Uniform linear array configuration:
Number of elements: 24
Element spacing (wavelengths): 1
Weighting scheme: kaiser
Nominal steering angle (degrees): -30
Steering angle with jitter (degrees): -29.244
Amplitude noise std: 0.05
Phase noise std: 0.05

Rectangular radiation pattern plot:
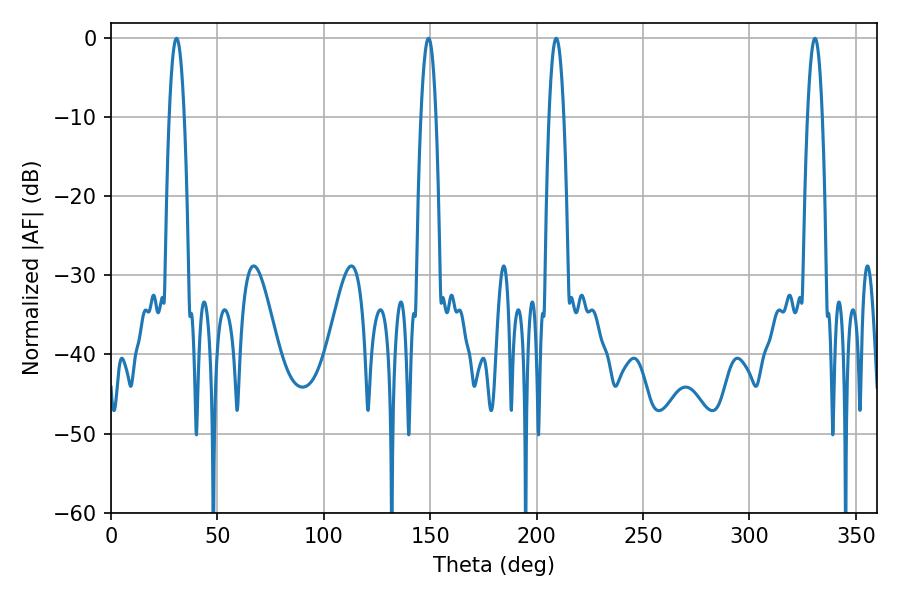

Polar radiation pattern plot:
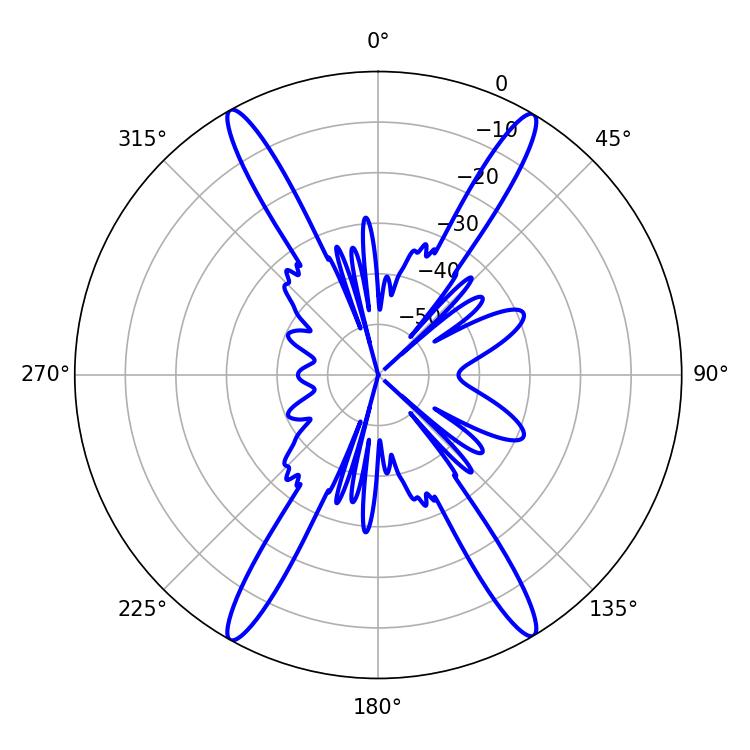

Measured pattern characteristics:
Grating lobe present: TRUE
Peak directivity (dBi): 25.967
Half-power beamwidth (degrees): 3.96
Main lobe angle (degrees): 30.78